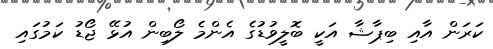
ކަރަން އާއި ބިޕާޝާ އަކީ ބޮލީވުޑުގެ އެންމެ ލޯބިން އުޅޭ ޖޯޑު ކަމުގައި